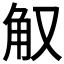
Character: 𰴠